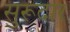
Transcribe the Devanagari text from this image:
सुरूदार